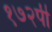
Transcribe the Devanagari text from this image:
१७२पी